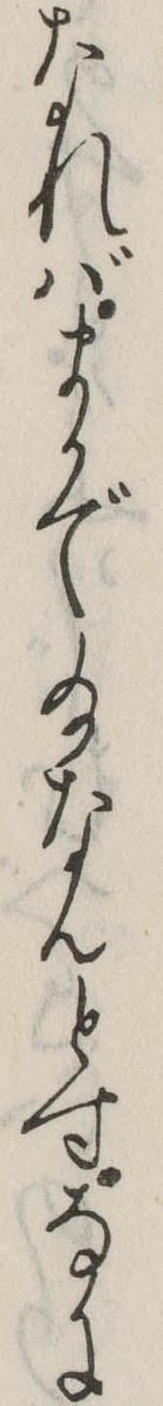
なればまかで給なんとすなに